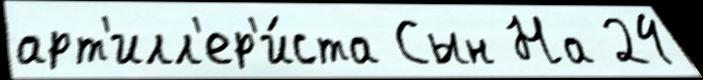
арт'илл'ер'и́ста Сын На 24